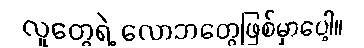
လူတွေရဲ့ လောဘတွေဖြစ်မှာပေါ့။